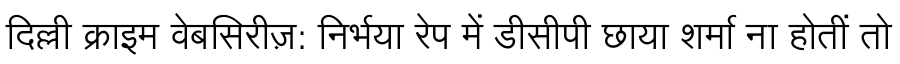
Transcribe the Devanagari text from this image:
दिल्ली क्राइम वेबसिरीज़: निर्भया रेप में डीसीपी छाया शर्मा ना होतीं तो